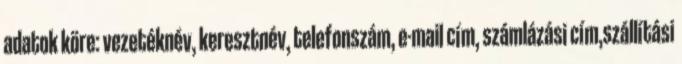
adatok köre: vezetéknév, keresztnév, telefonszám, e-mail cím, számlázási cím,szállítási